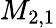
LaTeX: M_{2,1}